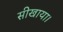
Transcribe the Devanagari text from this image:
सीखाया।